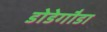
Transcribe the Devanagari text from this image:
डोडेगौडा